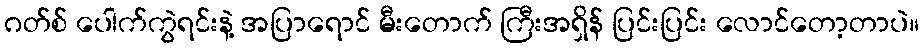
ဂတ်စ် ပေါက်ကွဲရင်းနဲ့ အပြာရောင် မီးတောက် ကြီးအရှိန် ပြင်းပြင်း လောင်တော့တာပဲ။